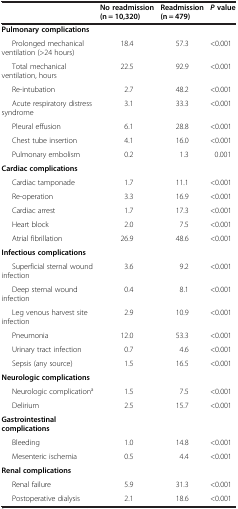
|  | No readmission (n = 10,320) | Readmission (n = 479) | Pvalue |
 | --- | --- | --- | --- |
 | Pulmonary complications |  |  |  |
 | Prolonged mechanical ventilation (>24 hours) | 18.4 | 57.3 | <0.001 |
 | Total mechanical ventilation, hours | 22.5 | 92.9 | <0.001 |
 | Re-intubation | 2.7 | 48.2 | <0.001 |
 | Acute respiratory distress syndrome | 3.1 | 33.3 | <0.001 |
 | Pleural effusion | 6.1 | 28.8 | <0.001 |
 | Chest tube insertion | 4.1 | 16.0 | <0.001 |
 | Pulmonary embolism | 0.2 | 1.3 | 0.001 |
 | Cardiac complications |  |  |  |
 | Cardiac tamponade | 1.7 | 11.1 | <0.001 |
 | Re-operation | 3.3 | 16.9 | <0.001 |
 | Cardiac arrest | 1.7 | 17.3 | <0.001 |
 | Heart block | 2.0 | 7.5 | <0.001 |
 | Atrial fibrillation | 26.9 | 48.6 | <0.001 |
 | Infectious complications |  |  |  |
 | Superficial sternal wound infection | 3.6 | 9.2 | <0.001 |
 | Deep sternal wound infection | 0.4 | 8.1 | <0.001 |
 | Leg venous harvest site infection | 2.9 | 10.9 | <0.001 |
 | Pneumonia | 12.0 | 53.3 | <0.001 |
 | Urinary tract infection | 0.7 | 4.6 | <0.001 |
 | Sepsis (any source) | 1.5 | 16.5 | <0.001 |
 | Neurologic complications |  |  |  |
 | Neurologic complicationa | 1.5 | 7.5 | <0.001 |
 | Delirium | 2.5 | 15.7 | <0.001 |
 | Gastrointestinal complications |  |  |  |
 | Bleeding | 1.0 | 14.8 | <0.001 |
 | Mesenteric ischemia | 0.5 | 4.4 | <0.001 |
 | Renal complications |  |  |  |
 | Renal failure | 5.9 | 31.3 | <0.001 |
 | Postoperative dialysis | 2.1 | 18.6 | <0.001 |